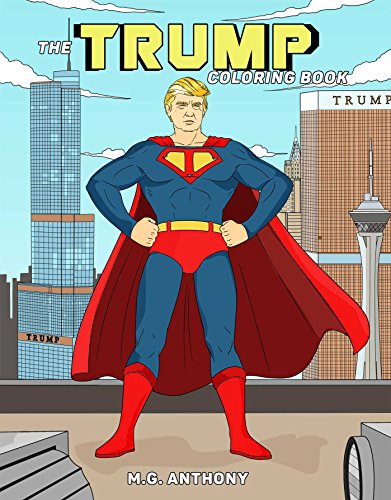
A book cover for The Trump Coloring Book; M. G. Anthony; Humor & Entertainment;